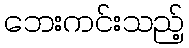
ဘေးကင်းသည့်